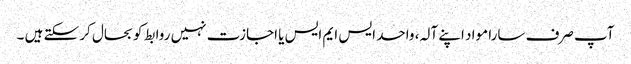
آپ صرف سارا مواد اپنے آلہ، واحد ایس ایم ایس یا اجازت نہیں روابط کو بحال کر سکتے ہیں ۔